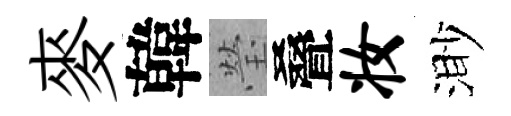
麥韓瑩叠妆渺